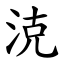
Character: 㳳